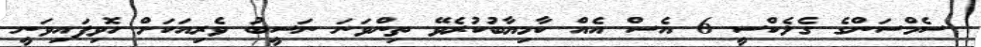
ސެމްސަންގެ ގެލެކްސީ 6 އެސް އެއް ކާމިޔާބުކުރެވޭ ތިންވަނަ ނަސީބު ވެރިއަކަށް ހޮވިފައިވަނީ